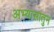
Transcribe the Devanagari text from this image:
अभ्यासातुन